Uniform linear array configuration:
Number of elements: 32
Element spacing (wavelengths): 0.5
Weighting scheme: kaiser
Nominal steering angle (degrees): -15
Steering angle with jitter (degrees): -14.691
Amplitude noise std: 0.05
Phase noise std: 0.05

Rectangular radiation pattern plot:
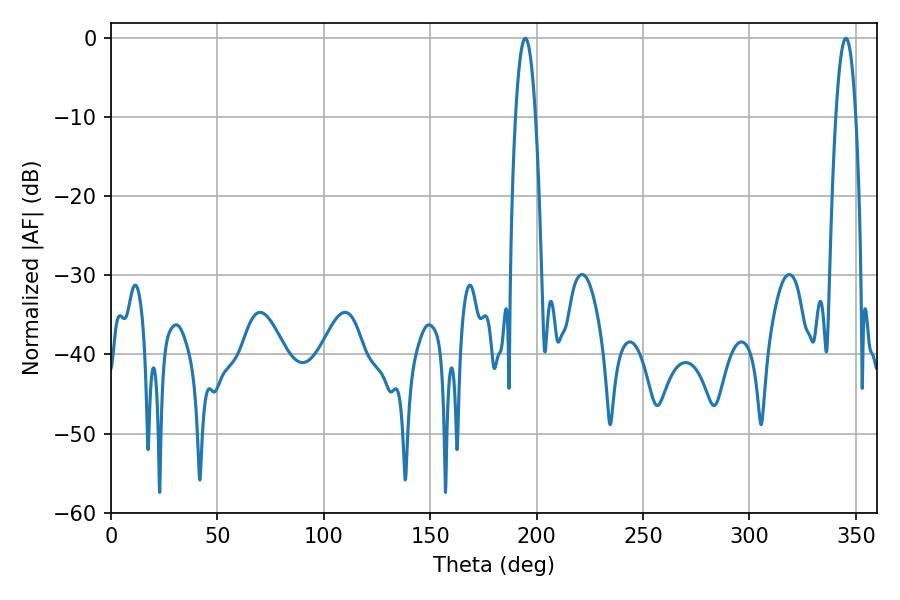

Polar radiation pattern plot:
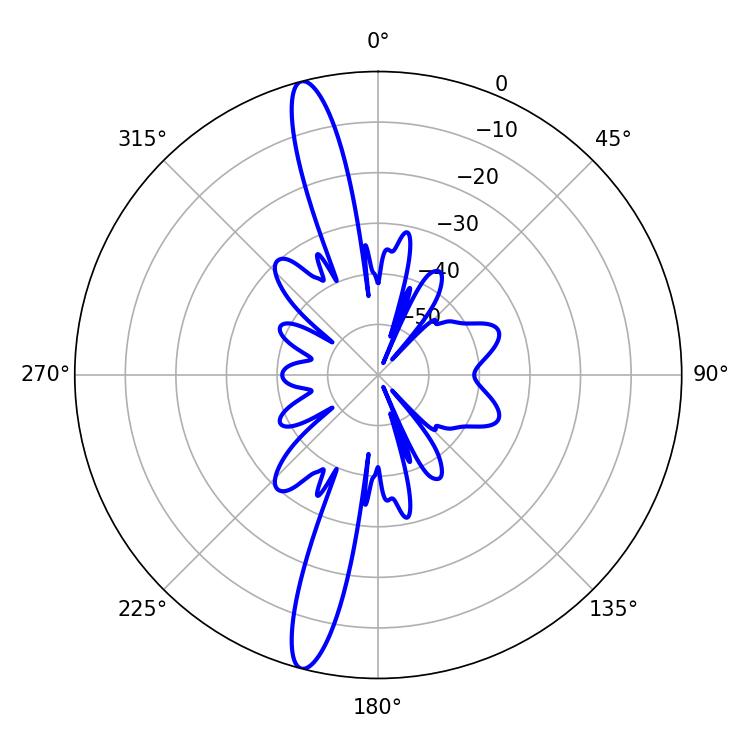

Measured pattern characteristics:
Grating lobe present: FALSE
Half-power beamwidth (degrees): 5.22
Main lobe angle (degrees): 194.76